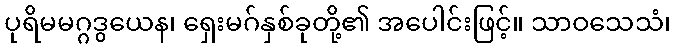
ပုရိမမဂ္ဂဒွယေန၊ ရှေးမဂ်နှစ်ခုတို့၏ အပေါင်းဖြင့်။ သာဝသေသံ၊